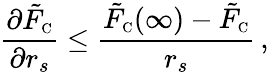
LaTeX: \frac{\partial\tilde{F}_{\scriptscriptstyle\mathrm{C}}}{\partial r_{s}}\leq\frac{\tilde{F}_{\scriptscriptstyle\mathrm{C}}(\infty)-\tilde{F}_{\scriptscriptstyle\mathrm{C}}}{r_{s}}\, ,